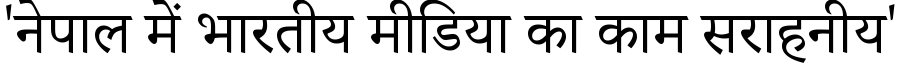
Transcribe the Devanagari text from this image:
'नेपाल में भारतीय मीडिया का काम सराहनीय'